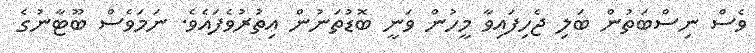
ވެސް ނިސްބަތުން ބަލި ޖެހިފައިވާ މީހުން ވަނީ ބޮޑުތަނުން އިތުރުވެފައެވެ. ނަމަވެސް ބޫޓާނުގެ